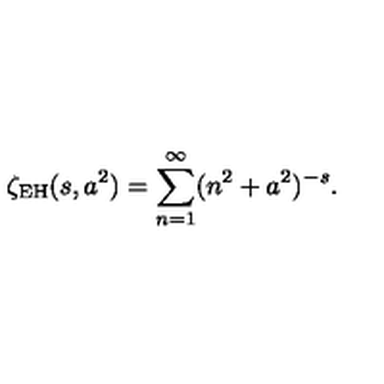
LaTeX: \zeta _ { \mathrm { E H } } ( s , a ^ { 2 } ) = \sum _ { n = 1 } ^ { \infty } ( n ^ { 2 } + a ^ { 2 } ) ^ { - s } { . }